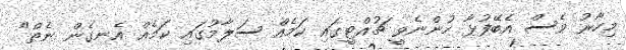
މިހާރު ވެސް އެބޭފުޅާ ހުންނެވީ ޗުއްޓީގައި ކަމެއް ސަލާމުގައި ކަމެއް އެނގެން ނެތް"